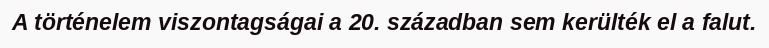
A történelem viszontagságai a 20. században sem kerülték el a falut.